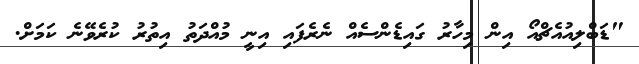
"ޑަބްލިއުއެޗްއޯ އިން މިހާރު ގައިޑެންސެއް ނެރެފައި އިނީ މުއްދަތު އިތުރު ކުރެވޭނެ ކަމަށް.